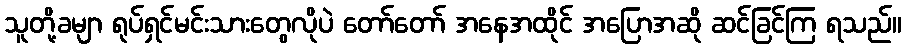
သူတို့ခမျာ ရုပ်ရှင်မင်းသားတွေလိုပဲ တော်တော် အနေအထိုင် အပြောအဆို ဆင်ခြင်ကြ ရသည်။